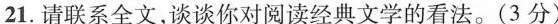
21.请联系全文，谈谈你对阅读经典文学的看法。（3分）